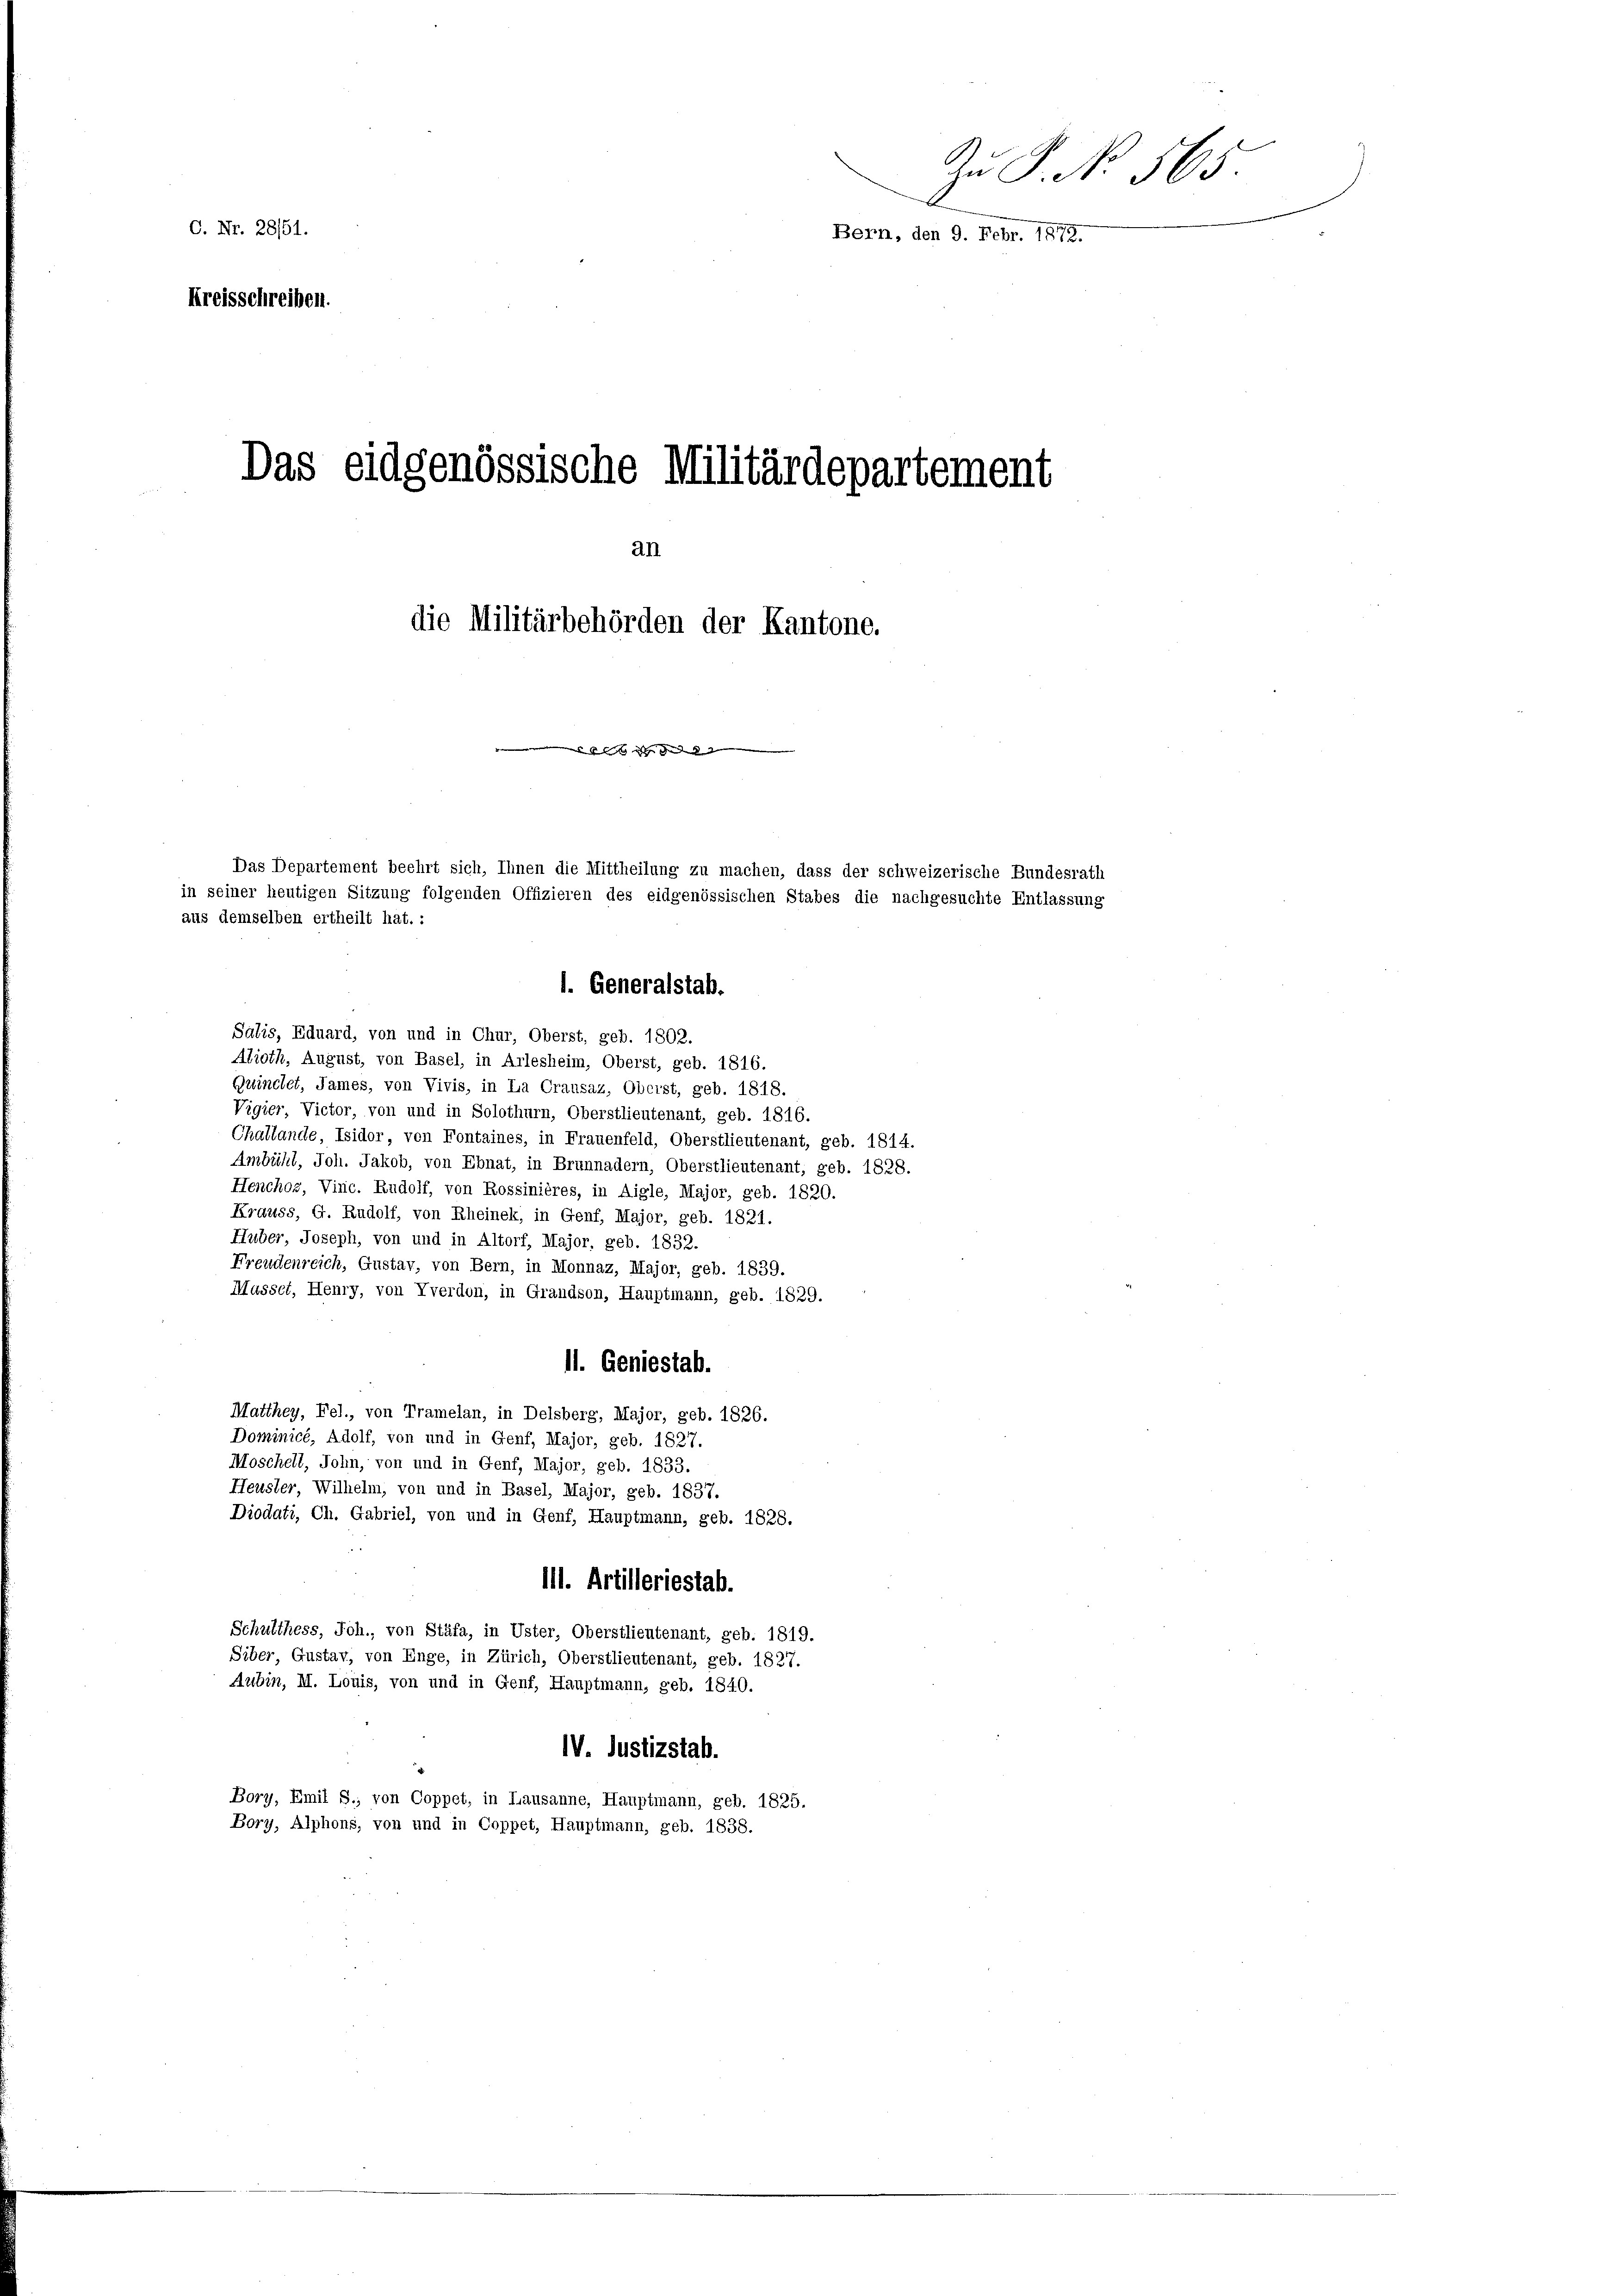
Zu P. No. 565.
O. Nr. 2851.
Bern, den 9. Febr. 1872.
Kreisschreiben.

Das eidgenössische Militärdepartement
an
die Militärbehörden der Kantone.
sische der des

Das Departement beehrt sich, Ihnen die Mittheilung zu machen, dass der schweizerische Bundesrath
in seiner heutigen Sitzung folgenden Offizieren des eidgenössischen Stabes die nachgesuchte Entlassung
aus demselben ertheilt hat. :

Salis, Eduard, von und in Chur, Oberst, geb. 1802.
Abroth, August, von Basel, in Arlesheim, Oberst, geb. 1816.
Guinclet, James, von Vivis, in La Crausaz, Oberst, geb. 1818.
Vigier, Victor, von und in Solothurn, Oberstlieutenant, geb. 1816.
Challande, Isidor, von Fontaines, in Frauenfeld, Oberstlieutenant, geb. 1814.
Ambühl, Joh. Jakob, von Ebnat, in Brunnadern, Oberstlieutenant, geb. 1828.
Henchoz, Vinc. Rudolf, von Rossinières, in Aigle, Major, geb. 1820.
Krauss, G. Rudolf, von Rheinek, in Genf, Major, geb. 1821.
Huber, Joseph, von und in Altorf, Major, geb. 1832.
Freudenreich, Gustav, von Bern, in Monnaz, Major, geb. 1839.
Masser, Henry, von Yverdon, in Grandson, Hauptmann, geb. 1829.
11. Geniestab.
Matthey, Fel., von Tramelan, in Delsberg, Major, geb. 1826.
Dominicé, Adolf, von und in Genf, Major, geb. 1827.
Moschell, Sohn, von und in Genf, Major, geb. 1833.
Heusler, Wilhelm, von und in Basel, Major, geb. 1837.
Diodati, Ch. Gabriel, von und in Genf, Hauptmann, geb. 1828.
Ill. Artilleriestab.
Schulthess, Joh., von Stäfa, in Uster, Oberstlieutenant, geb. 1819.
Siber, Gustav, von Enge, in Zürich, Oberstlieutenant, geb. 1827.
Aubin, II. Louis, von und in Genf, Hauptmann, geb. 1840.
IV. Justizstab.
d
Bory, Emil S., von Coppet, in Lausanne, Hauptmann, geb. 1825.
Bory, Alphons, von und in Coppet, Hauptmann, geb. 1838.

1. Generalstab.